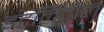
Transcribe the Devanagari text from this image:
इटलितील